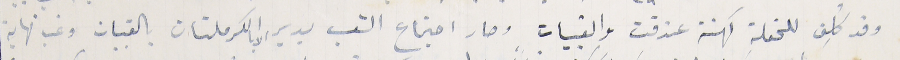
وقد كُلِف للحفلة كهنة عندقت والقبيات وصار اجتماع الشعب بدير الاب الكرملتان بالقبيات وغب نهاية